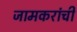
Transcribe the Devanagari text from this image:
जामकरांची